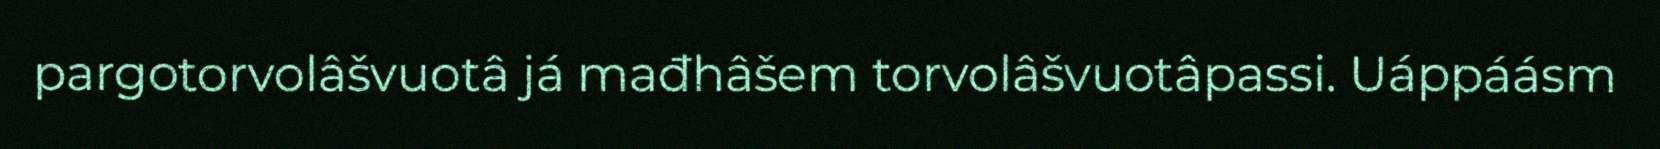
pargotorvolâšvuotâ já mađhâšem torvolâšvuotâpassi. Uáppáásm